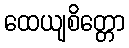
ထေယျစိတ္တော